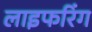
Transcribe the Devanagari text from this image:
लाइफरिंग